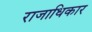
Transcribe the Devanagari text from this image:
राजाधिकार